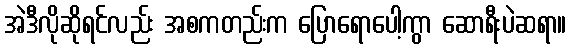
အဲဒီလိုဆိုရင်လည်း အစကတည်းက ပြောရောပေါ့ကွာ ဆောရီးပဲဆရာ။